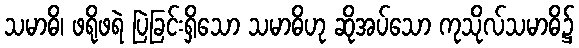
သမာဓိ၊ ဖရိုဖရဲ ပြဲခြင်းရှိသော သမာဓိဟု ဆိုအပ်သော ကုသိုလ်သမာဓိ၌